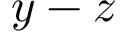
y - z